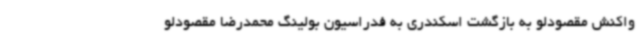
واکنش مقصودلو به بازگشت اسکندری به فدراسیون بولینگ محمدرضا مقصودلو